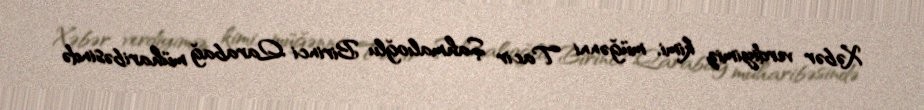
Xəbər verdiyimiz kimi, müğənni Tacir Şahmalıoğlu Birinci Qarabağ müharibəsində